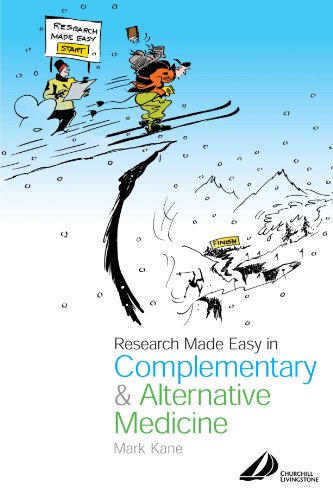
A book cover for Research Made Easy in Complementary and Alternative Medicine, 1e; Mark Kane MA  DO  ND  MBAcC; Health, Fitness & Dieting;